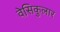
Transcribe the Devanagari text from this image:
वेसिकुलार